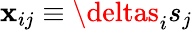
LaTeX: \mathbf{x}_{ij}\equiv\deltas_{i}s_{j}